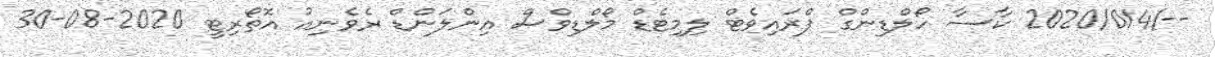
--/2020/014 ކާސާ ހޯލްޑިންގް ޕްރައިވެޓް ލިމިޓެޑް މޯލްޑިވްސް އިންލަންޑް ރެވެނިއު އޮތޯރިޓީ 2020-08-30